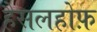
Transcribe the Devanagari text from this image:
हैसलहोफ़